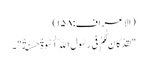
(الاعراف:۱۵۸)
"لَقَدْ کَانَ لَکُمْ فِی رَسُولِ اللَّهِ أُسْوَةٌ حَسَنَةٌ"۔